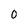
Character: O